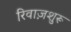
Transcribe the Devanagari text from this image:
रिवाज़शुरू